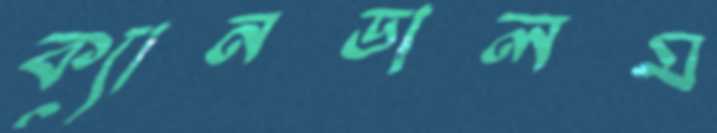
ক্যানডালম